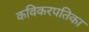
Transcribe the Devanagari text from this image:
कविकरपतिका